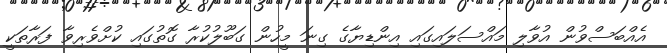
އެއްބަސްވުން އުވާލި މައްސަލައިގައި އިންޑިޔާގެ ގިނަ މީހުން ގަބޫލުކުރާ ގޮތުގައި ކުށްވެރިވާ ފަރާތަކީ